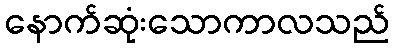
နောက်ဆုံးသောကာလသည်